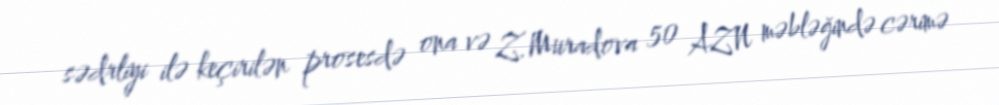
sədrliyi ilə keçirilən prosesdə ona və Z.Muradova 50 AZN məbləğində cərimə